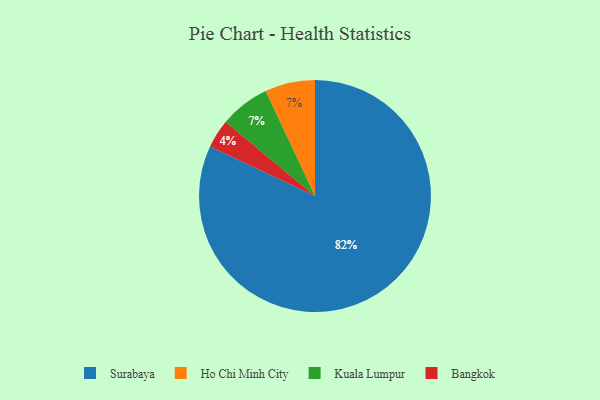
{"axis": {"x": "Category", "y": "Percentage"}, "legend": ["Bangkok", "Ho Chi Minh City", "Kuala Lumpur", "Surabaya"], "data": [{"x": "Ho Chi Minh City", "y": 7, "type": "Ho Chi Minh City"}, {"x": "Surabaya", "y": 82, "type": "Surabaya"}, {"x": "Bangkok", "y": 4, "type": "Bangkok"}, {"x": "Kuala Lumpur", "y": 7, "type": "Kuala Lumpur"}]}